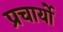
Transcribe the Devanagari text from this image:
प्रचार्यो